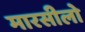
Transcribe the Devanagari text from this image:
मारसीलो